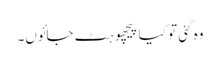
وہ گئی تو کیا پیچھو ہٹ جائوں۔